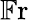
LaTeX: \mathbb{F}\mathrm{r}